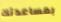
بمساعدتك